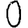
Digit: 0